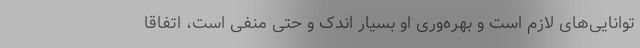
توانایی‌های لازم است و بهره‌وری او بسیار اندک و حتی منفی است، اتفاقاً